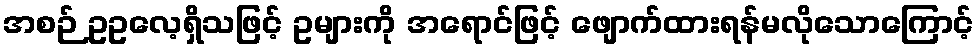
အစဉ် ဥဥလေ့ရှိသဖြင့် ဥများကို အရောင်ဖြင့် ဖျောက်ထားရန်မလိုသောကြောင့်